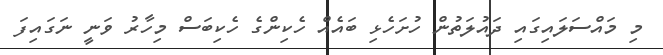
މި މައްސަލައިގައި ދައުލަތުން ހުށަހެޅި ބައެއް ހެކިންގެ ހެކިބަސް މިހާރު ވަނީ ނަގައިފަ